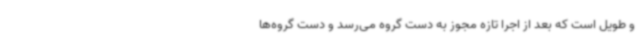
و طویل است که بعد از اجرا تازه مجوز به دست گروه می‌رسد و دست گروه‌ها